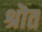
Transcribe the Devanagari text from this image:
श्रॊत